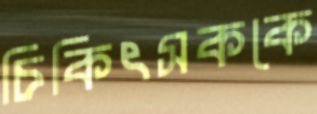
চিকিৎসককে